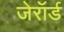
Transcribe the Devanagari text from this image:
जेरॉर्ड